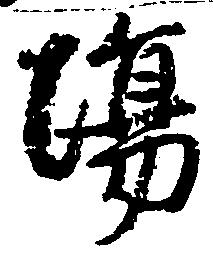
場